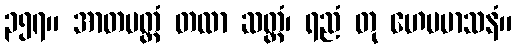
၃၅၇။ အာတပတ္တံ တထာ ဆတ္တံ၊ ရညံ တု ဟေမမာသနံ။